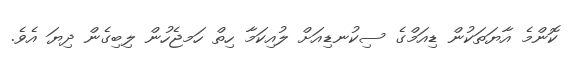
ކޮންމެ އާޔަތަކުން ޑިއަމްގެ ސިކުނޑިއަށް ލުއިކަމާ ހިތް ހަމޖެހުން ލިބިގެން ދިޔަ އެވެ.